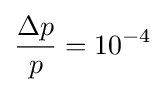
{\frac {\Delta p}{p}}=10^{-4}